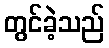
တွင်ခဲ့သည်